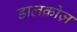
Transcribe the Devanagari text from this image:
डालक्रोज़